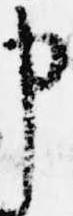
申